Sanitation, dispensaries and jails vaccination Rajputana 1922-1927 - 1922-1927
Year: 1922
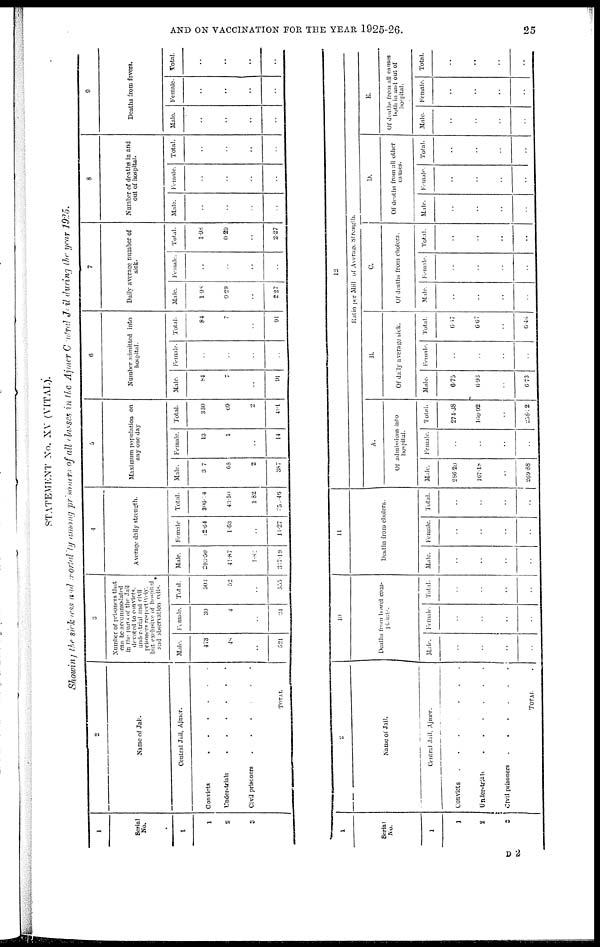
AND ON VACCINATION FOR THE YEAR 1925-26.
25
STATEMENT No. XV (VITAL).
Showing the sickness and mortality among prisoners of all classes in the Ajmer Central Jail during the year 1925.
1
Serial
No.
1
1
2
3
2
Name of Jail.
Central Jail, Ajmer.
Convicts
......
Under-trial ......
Civil prisoners
.....
TOTAL
3
Number of prisoners that
can be accommodated
in the parts of the Jail
devoted to convicts.
under-trial and civil
prisoners respectively.
but exclusive of hospital
and observation cells.
Male.
473
48
..
521
Female.
30
4
..
34
Total.
503
52
..
555
4
Average daily strength.
Male.
293.50
41.87
1.82
337.19
Female
12.64
1.63
..
14.27
Total.
306.14
43.50
1.82
351.46
5
Maximum population on
any one day
Male.
307
68
2
387
Female.
13
1
..
14
Total.
330
69
2
401
6
Number admitted into
hospital.
Male.
84
7
..
91
Female.
..
..
..
..
Total.
84
7
..
9l
7
Daily average number of
sick.
Male.
1.98
0.29
..
2.27
Female.
..
..
..
..
Total.
1.98
0.29
..
2.27
8
Number of deaths in and
out of hospital.
Male.
..
..
..
..
Female.
..
..
..
..
Total.
..
..
..
..
9
Deaths from fevers.
Male.
..
..
..
..
Female.
..
..
..
..
Total.
..
..
..
..
1
Serial
No.
1
1
2
3
2
Name of Jail.
Central Jail, Ajmer.
Convicts
......
Under-trials
......
Civil prisoners
......
TOTAL
10
Deaths from bowel com¬
plaints.
Male.
..
..
..
..
Female.
..
..
..
..
Total.
..
..
..
..
11
Deaths from cholera.
Male.
..
..
..
..
Female.
..
..
..
..
Total.
..
..
..
..
12
Ratio per Mill of Average Strength.
A.
Of admissions into
hospital.
Male.
286.20
167.18
..
209.88
Female.
..
..
..
..
Total.
274.38
100.92
..
258.32
B.
Of daily average sick.
Male.
6.75
6.93
..
6.73
Female.
..
..
..
..
Total.
6.47
6.67
..
6.46
C.
Of deaths from cholera.
Male.
..
..
..
..
Female.
..
..
..
..
Total.
..
..
..
..
D.
Of deaths from all other
causes.
Male.
..
..
..
..
Female.
..
..
..
..
Total.
..
..
..
..
E.
Of deaths from all causes
both in and out of
hospital.
Male.
..
..
..
..
Female.
..
..
..
..
Total.
..
..
..
..
D 2